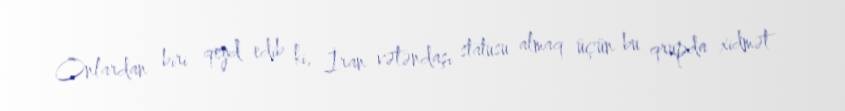
Onlardan biri qeyd edib ki, İran vətəndaşı statusu almaq üçün bu qrupda xidmət